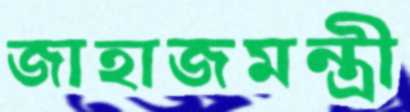
জাহাজমন্ত্রী